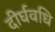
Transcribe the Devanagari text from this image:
दीर्घवधि